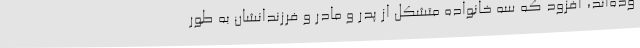
وده‌اند، افزود که سه خانواده متشکل از پدر و مادر و فرزندانشان به طور